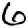
Digit: 6